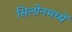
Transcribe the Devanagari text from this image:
सिलोनमध्यें